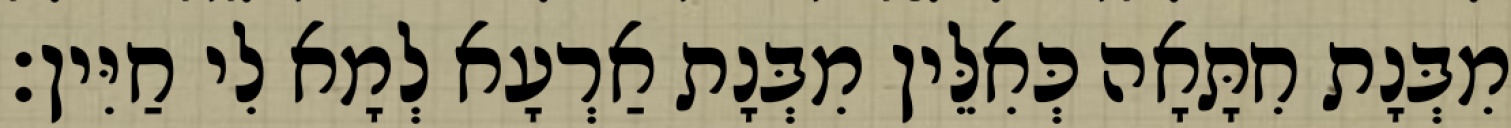
מִבְּנָת חִתָּאָה כְּאִלֵּין מִבְּנָת אַרְעָא לְמָא לִי חַיִּין׃